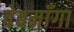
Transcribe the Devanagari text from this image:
वेबमाँगा